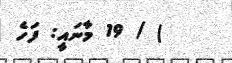
) / 19 މާނައީ: ފަހެ